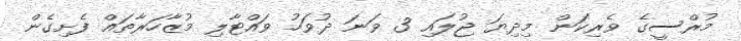
މުރްސީގެ ވެރިކަން މިދިޔަ ޖުލައި 3 ވަނަ ދުވަހު ވައްޓާލި މުޒާހަރާތައް ފެށިގެން